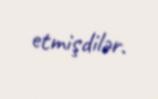
etmişdilər.